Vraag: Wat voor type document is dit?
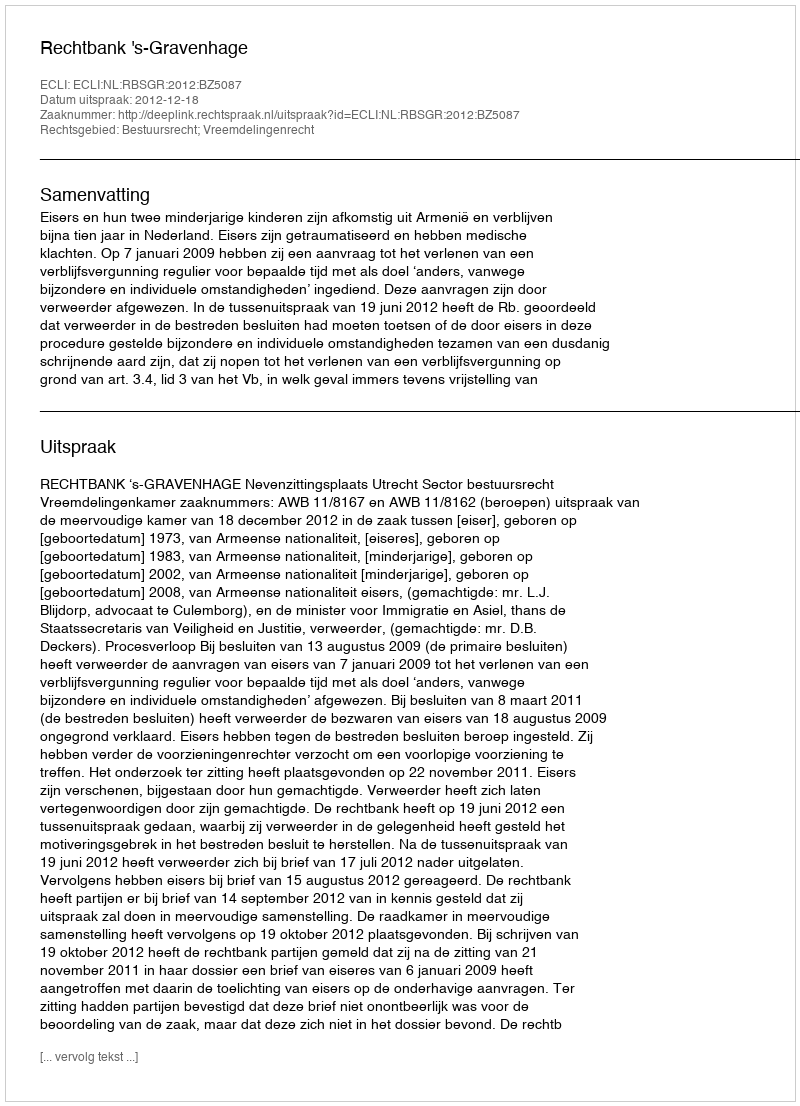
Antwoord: Uitspraak